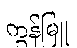
ကွန်မြူ